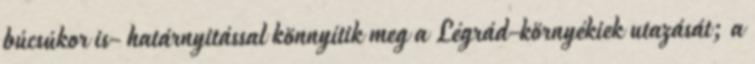
búcsúkor is- határnyitással könnyítik meg a Légrád-környékiek utazását; a